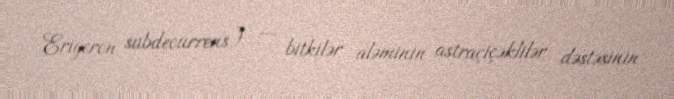
Erigeron subdecurrens) — bitkilər aləminin astraçiçəklilər dəstəsinin